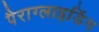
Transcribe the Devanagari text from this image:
पैराग्‍लाइडिंग